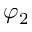
\varphi _ { 2 }